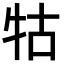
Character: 牯